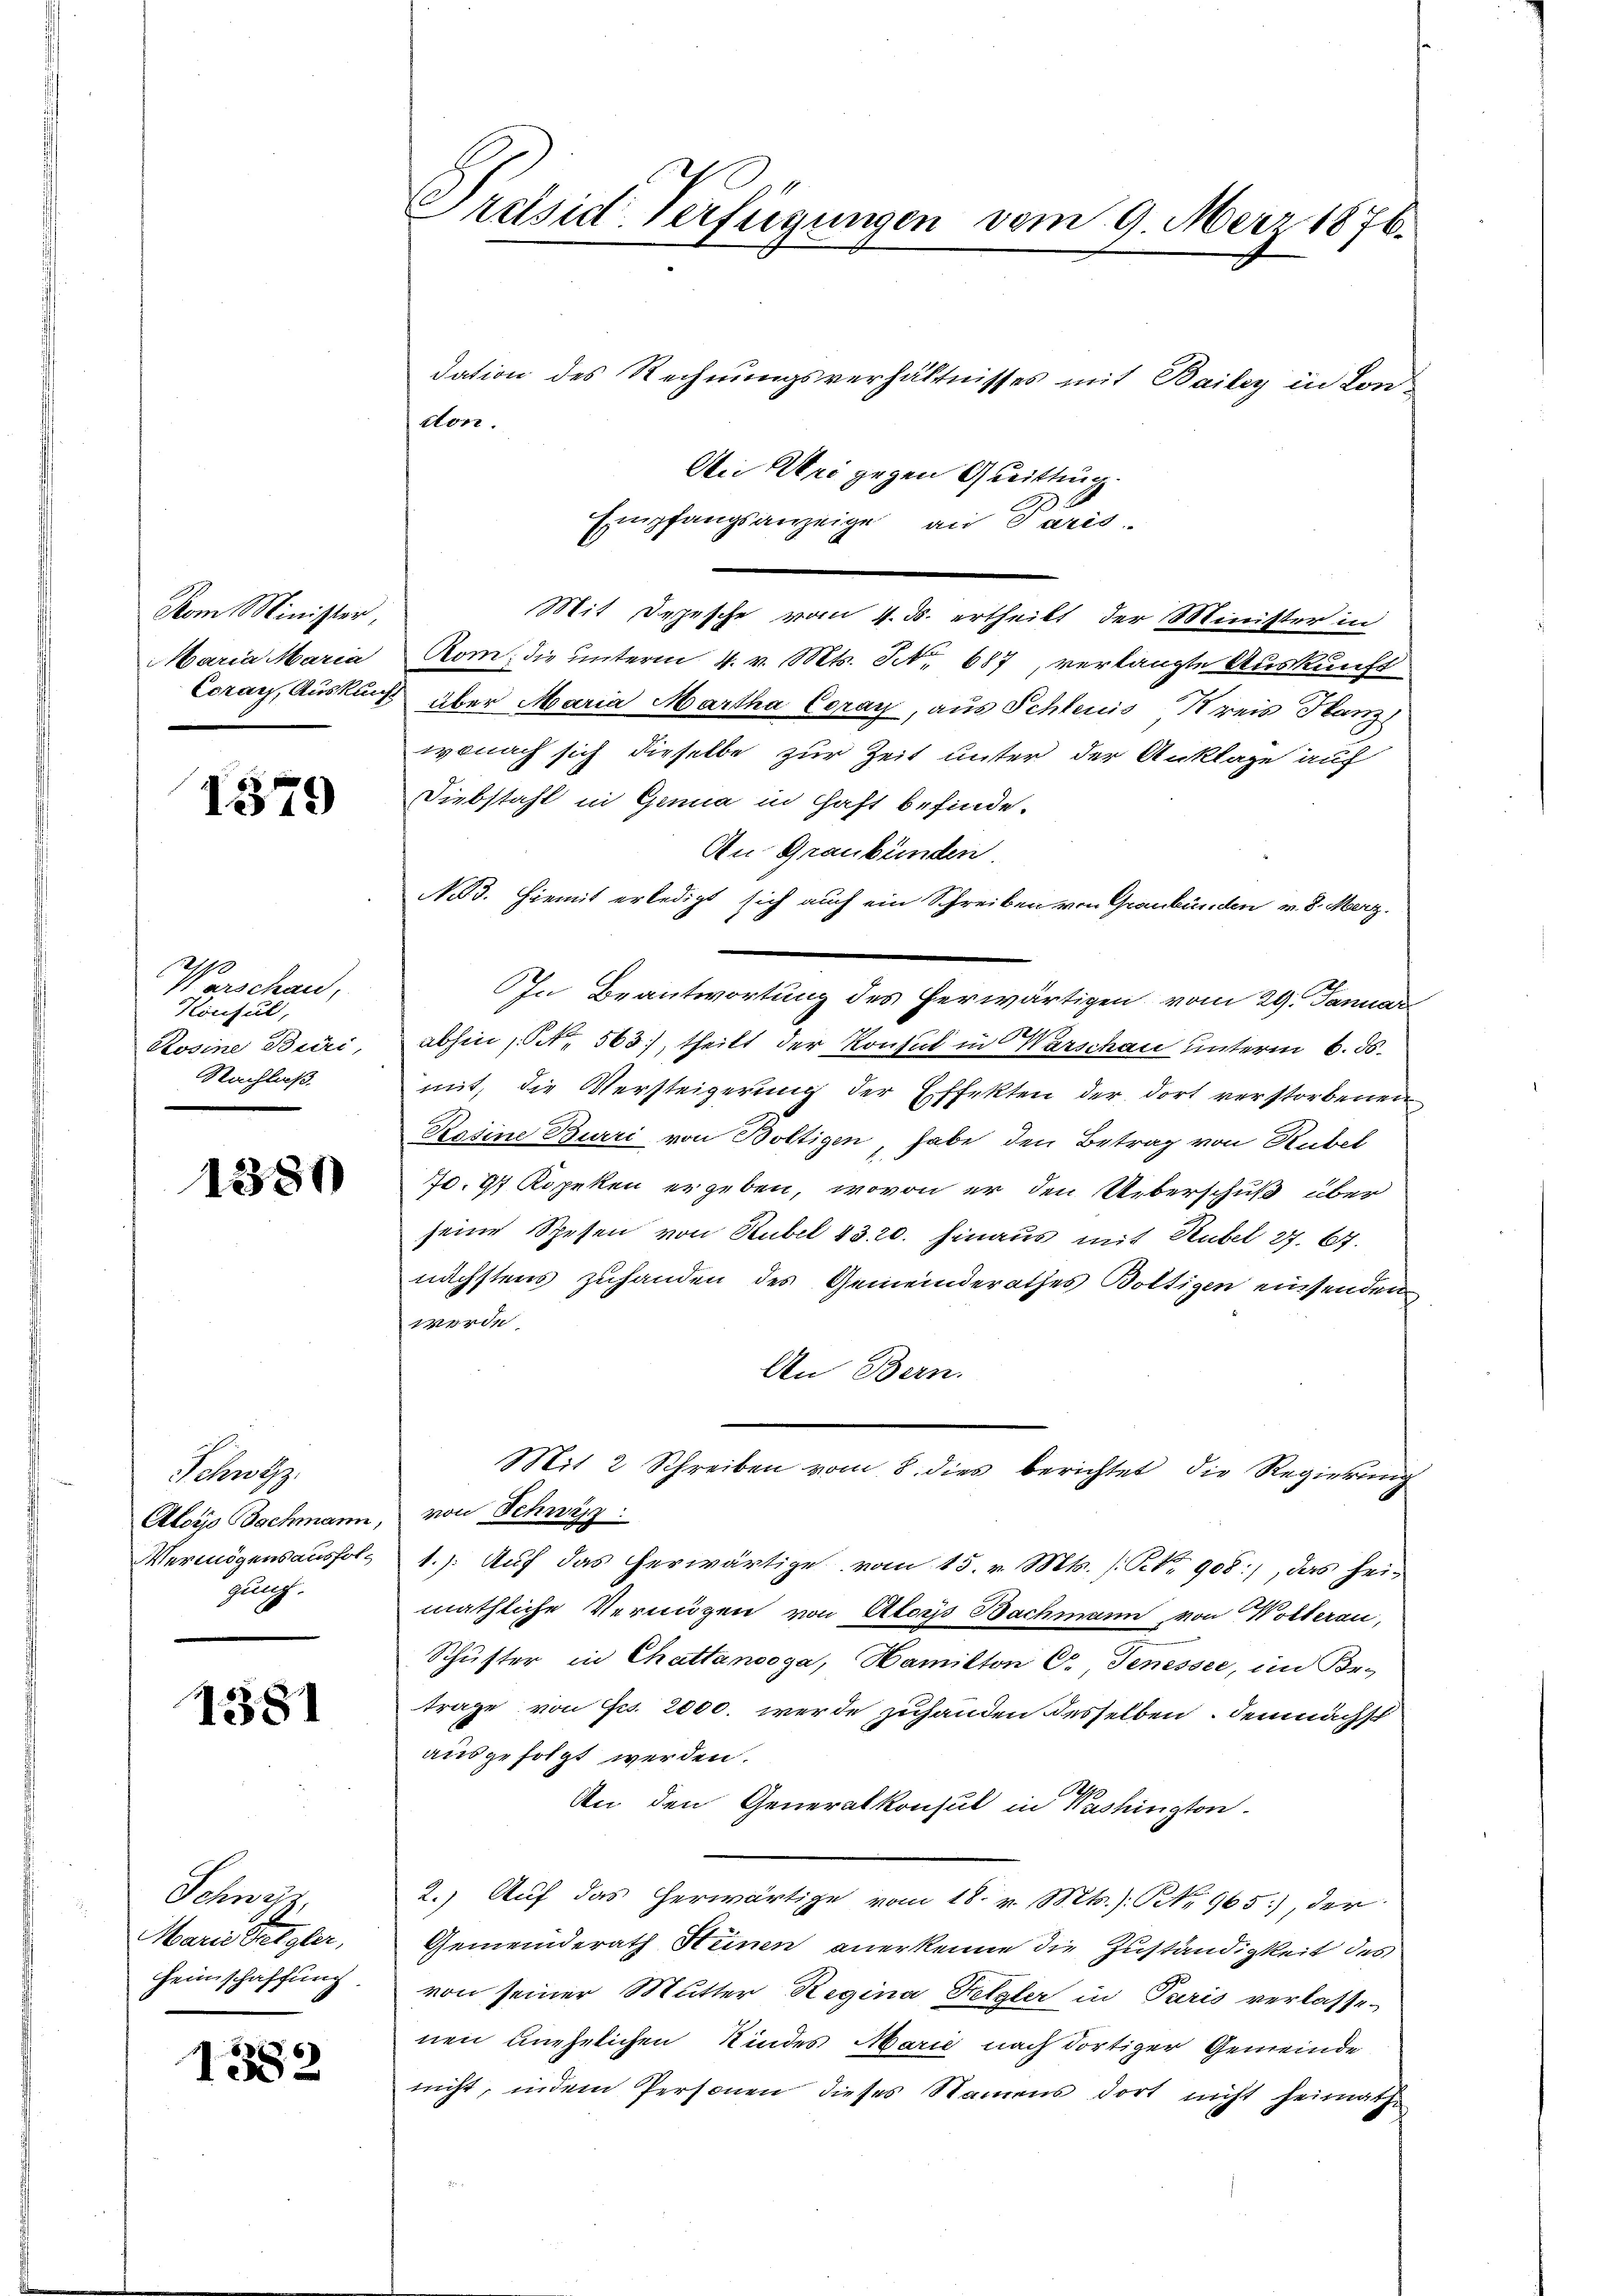
Vom Minister,
Maria Maria
Ceray, Auskunf

1579

Warschau,
Konsul,
Rosine Buri,
Nachlaß.

1380

Schwyz,
Aloÿs Sachmann,
Vermögensausfol-
Jul.

1381

Schwyz,
Marie Begler,
Heimschaffung

1582

Prehsid-Verfügungen vom 9. März 1876.

dation des Rechnungsverhältnisses mit Baily in Lon¬
An Wei gegen Quittung.
Empfangsanzeige, an Paris.
Rom. die unterm 4. v. Mts. Tit. 687, verlangte Auskunft
über Maria Martha Coray, aus Schleuis Kreis Hanz
wonach sich dieselbe zur Zeit unter der Anklage auf
Diebstahl in Genua in Haft befinde.
An Graubünden
N 3. Hiemit erledigt sich auch ein Schreiben von Graubünden v. 8. Merz
In Beantwortung des herwärtigen vom 29. Januar
abhin (Nr. 563, theilt der Konsul in Warschau unterm 6. ds.
mit, die Versteigerung der Effekten der dort verstorbenen
Bosine Burri von Boltigen, habe den Betrag von Rubel
770. 94 Kopeken ergeben, wovon er den Ueberschuß über
seine Spesen von Rubel 43. 20. hinaus mit Rubel 27. 67.
nächstens zuhanden des Gemeinderathes Boltigen einsenden
werde.
An Bern.
Mit 2 Schreiben vom 8. dies berichtet, die Regierung
von Schwärz
1.) Auf das herwärtige vom 15. v. Mts. [No 908), das hei-
mäthliche Vermögen von Aloys Bachmann von Wolterau,
Schuster in Chattanoga, Hamilton G. Jenesste, im Be-
träge von Fr. 2000. werde zuhanden desselben, demnächst
ausgefolgt werden.
.
An den Generalkonsul in Washington
2.) Auf das herwärtige vom 18. v. Mts.) No 965), der
Gemeinderath Steinen anerkenne die Zuständigkeit des
von seiner Mutter Regina Tetzler in Paris verlassenen unehelichen Kindes Marie nach dortiger Gemeinde
nicht, indem Personen dieses Namens dort nicht heimath

den.

Mit Depesche vom 4. d. ertheilt, der Minister in